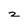
Character: 2